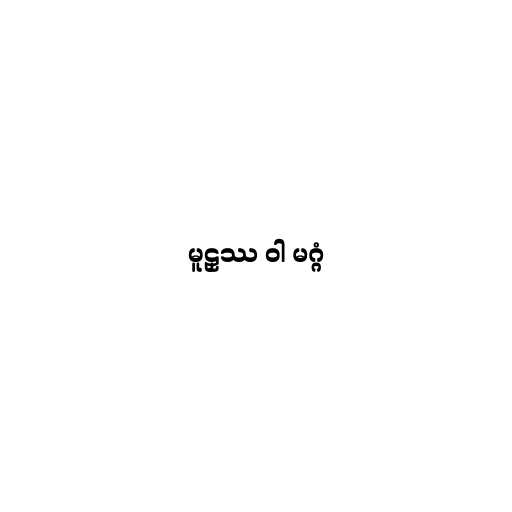
မူဠှဿ ဝါ မဂ္ဂံ